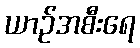
ယာဉ်အစီးရေ